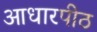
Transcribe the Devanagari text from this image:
आधारपीठ